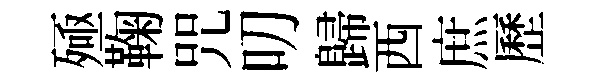
殛鞠咒叨歸西庶歷